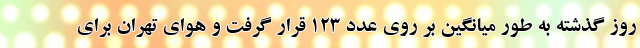
روز گذشته به طور میانگین بر روی عدد ۱۲۳ قرار گرفت و هوای تهران برای